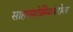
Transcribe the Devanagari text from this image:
साहसमोहिमांबरोबर